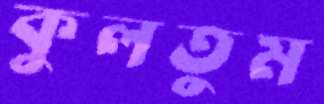
কুলতুম